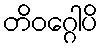
တိဝဂ္ဂေါပိ